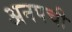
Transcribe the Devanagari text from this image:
अनपची